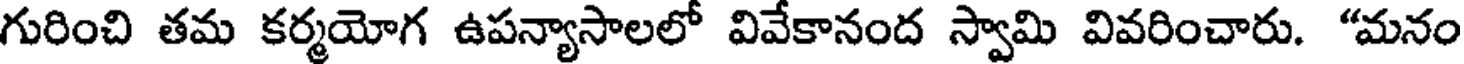
గురించి తమ కర్మయోగ ఉపన్యాసాలలో వివేకానంద స్వామి వివరించారు. "మనం